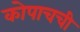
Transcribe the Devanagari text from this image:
कोपाचची